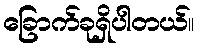
ခြောက်ခုရှိပါတယ်။